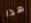
هذا